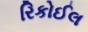
રિકોઈલ